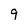
Character: q